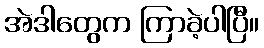
အဲဒါတွေက ကြာခဲ့ပါပြီ။